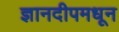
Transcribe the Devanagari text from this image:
ज्ञानदीपमधून